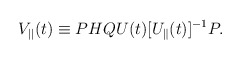
\begin{align*}V_{||}(t)\equiv PHQ U(t) [ U_{\parallel}(t)]^{-1}P .\end{align*}